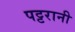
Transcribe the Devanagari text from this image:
पट्टरानी